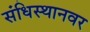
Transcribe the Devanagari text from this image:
संधिस्थानवर